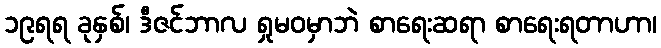
၁၉ရရ ခုနှစ်၊ ဒီဇင်ဘာလ ရှုမဝမှာဘဲ စာရေးဆရာ စာရေးရတာဟာ၊